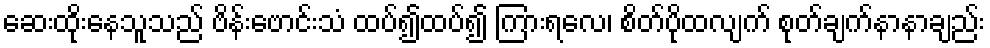
ဆေးထိုးနေသူသည် ဗိန်းဗောင်းသံ ထပ်၍ထပ်၍ ကြားရလေ၊ စိတ်ပိုထလျက် စုတ်ချက်နာနာချည်း